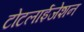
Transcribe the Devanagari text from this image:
टोटलाईजेशन